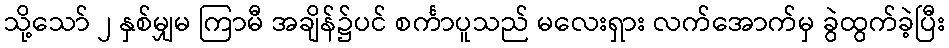
သို့သော် ၂ နှစ်မျှမ ကြာမီ အချိန်၌ပင် စင်္ကာပူသည် မလေးရှား လက်အောက်မှ ခွဲထွက်ခဲ့ပြီး